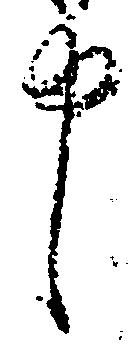
申